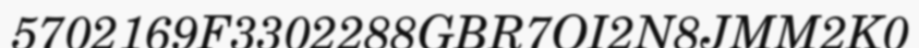
5702169F3302288GBR7OI2N8JMM2K0